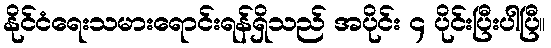
နိုင်ငံရေးသမားရောင်းရန်ရှိသည် အပိုင်း ၄ ပိုင်းပြီးပါပြီ။